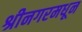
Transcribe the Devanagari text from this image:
श्रीनगरमधून